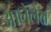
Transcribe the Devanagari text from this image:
आलेलेल